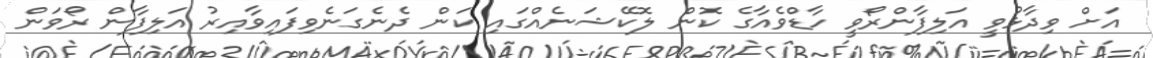
އަށް ވިދާޅުވީ އަލިފާންރޯވީ ހާޑްވެއާގެ ކޮން ލޮކޭޝަނެއްގައި ކަން ދެނެގަނެވިފައިވާއިރު އަލިފާން ރޯވަން